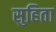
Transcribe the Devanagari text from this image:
सुहिता